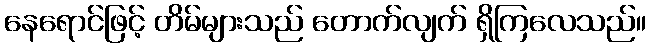
နေရောင်ဖြင့် တိမ်များသည် တောက်လျက် ရှိကြလေသည်။